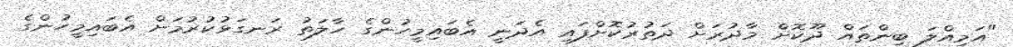
"އަމިއްލަ ބިންތައް ދޫކޮށް މާދުރަށް ދަތުރުކޮށްފައި އެދަނީ އެބައިމީހުންގެ ހާލަތު ރަނގަޅުކުރުމަށް އެބައިމީހުންގެ